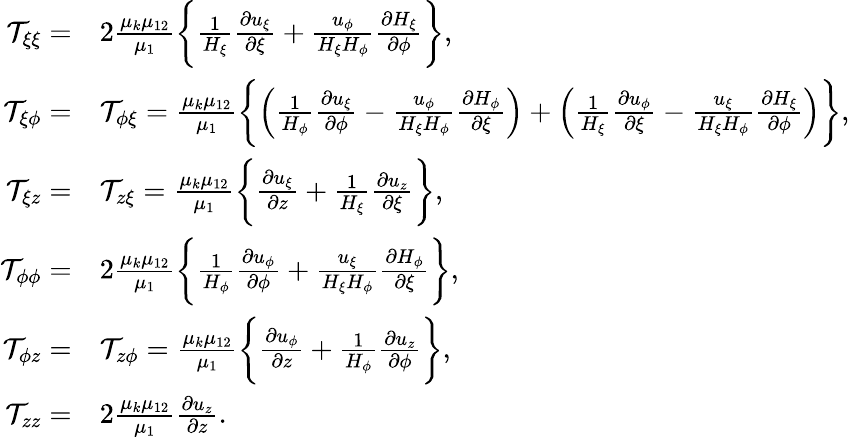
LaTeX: \begin{array}{rl}{\mathcal{T}_{\xi\xi}=}&{2\frac{\mu_{k}\mu_{12}}{\mu_{1}}\biggl\{ \frac{1}{H_{\xi}}\frac{\partial u_{\xi}}{\partial\xi}+\frac{u_{\phi}}{H_{\xi}H_{\phi}}\frac{\partial H_{\xi}}{\partial\phi}\biggr\} ,}\\ {\mathcal{T}_{\xi\phi}=}&{\mathcal{T}_{\phi\xi}=\frac{\mu_{k}\mu_{12}}{\mu_{1}}\biggl\{ \left(\frac{1}{H_{\phi}}\frac{\partial u_{\xi}}{\partial\phi}-\frac{u_{\phi}}{H_{\xi}H_{\phi}}\frac{\partial H_{\phi}}{\partial\xi}\right)+\left(\frac{1}{H_{\xi}}\frac{\partial u_{\phi}}{\partial\xi}-\frac{u_{\xi}}{H_{\xi}H_{\phi}}\frac{\partial H_{\xi}}{\partial\phi}\right)\biggr\} ,}\\ {\mathcal{T}_{\xi z}=}&{\mathcal{T}_{z\xi}=\frac{\mu_{k}\mu_{12}}{\mu_{1}}\biggl\{ \frac{\partial u_{\xi}}{\partial z}+\frac{1}{H_{\xi}}\frac{\partial u_{z}}{\partial\xi}\biggr\} ,}\\ {\mathcal{T}_{\phi\phi}=}&{2\frac{\mu_{k}\mu_{12}}{\mu_{1}}\biggl\{ \frac{1}{H_{\phi}}\frac{\partial u_{\phi}}{\partial\phi}+\frac{u_{\xi}}{H_{\xi}H_{\phi}}\frac{\partial H_{\phi}}{\partial\xi}\biggr\} ,}\\ {\mathcal{T}_{\phi z}=}&{\mathcal{T}_{z\phi}=\frac{\mu_{k}\mu_{12}}{\mu_{1}}\biggl\{ \frac{\partial u_{\phi}}{\partial z}+\frac{1}{H_{\phi}}\frac{\partial u_{z}}{\partial\phi}\biggr\} ,}\\ {\mathcal{T}_{zz}=}&{2\frac{\mu_{k}\mu_{12}}{\mu_{1}}\frac{\partial u_{z}}{\partial z}.}\end{array}